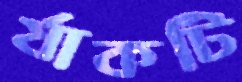
র‍্যাকটি